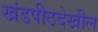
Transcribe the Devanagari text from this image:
खंडपीठदेखील